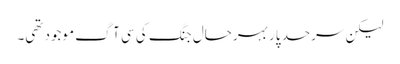
لیکن سرحد پار بہرحال جنگ کی سی آگ موجود تھی۔